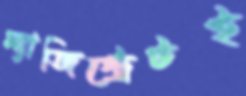
ম্যাজিস্ট্রেটই